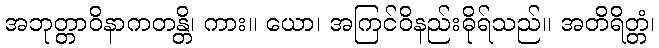
အဘုတ္တာဝိနာကတန္တိ၊ ကား။ ယော၊ အကြင်ဝိနည်းဓိုရ်သည်။ အတိရိတ္တံ၊